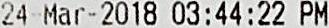
24-MAR-2018 03:44:22 PM